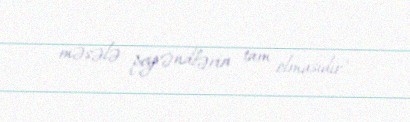
məsələ peyvəndlərin tam olmasıdır".